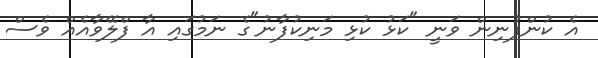
އެ ކުންފުނިން ވަނީ "ކަޅު ކުޅި މަނިކުފާނު"ގެ ނަމުގައި އާ ފްލޭވާއެއް ވެސް